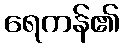
ရေကန်၏